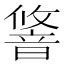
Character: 𬰽